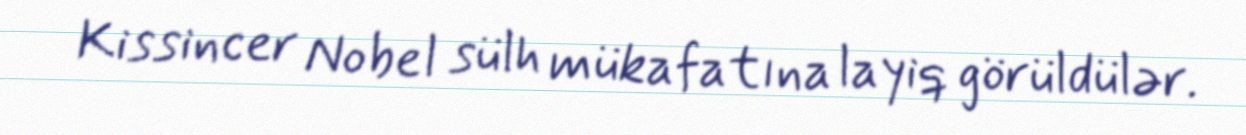
Kissincer Nobel sülh mükafatına layiq görüldülər.